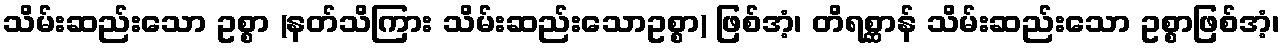
သိမ်းဆည်းသော ဥစ္စာ (နတ်သိကြား သိမ်းဆည်းသောဥစ္စာ) ဖြစ်အံ့၊ တိရစ္ဆာန် သိမ်းဆည်းသော ဥစ္စာဖြစ်အံ့၊